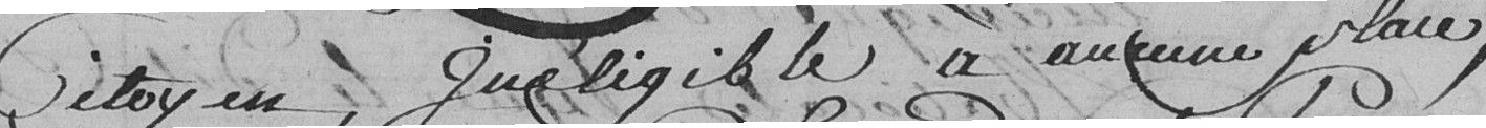
citoyen, inéligible à aucune place,